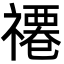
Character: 𮂗